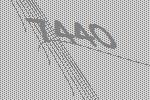
7440